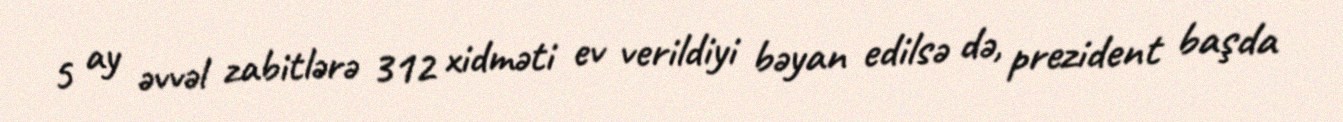
5 ay əvvəl zabitlərə 312 xidməti ev verildiyi bəyan edilsə də, prezident başda